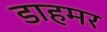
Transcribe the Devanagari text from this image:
डाहमर